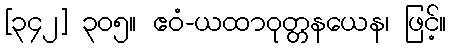
[၃၄၂] ၃၀၅။ ဧဝံ-ယထာဝုတ္တနယေန၊ ဖြင့်။